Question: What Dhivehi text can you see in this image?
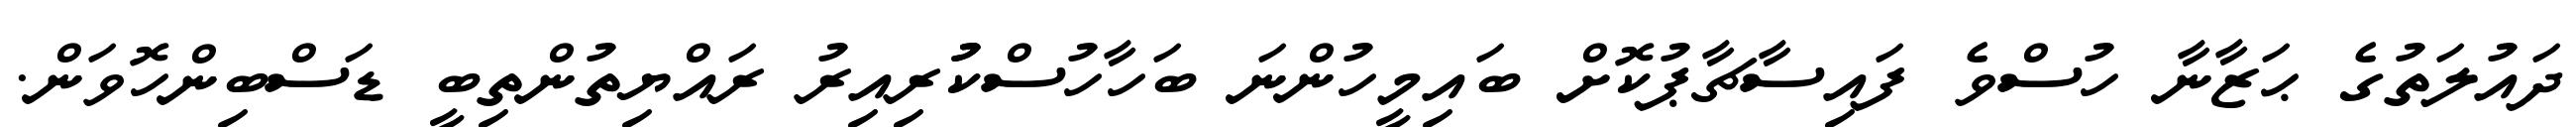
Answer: ދައުލަތުގެ ޙަޒާނާ ހުސްވެ ފައިސާޗާޕުކޮށް ބައިމީހުންނަ ބަހާހުސްކުުރިއިރު ރައްޔިތުންތިބީ ޑަސްބިންހޮވަން.